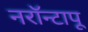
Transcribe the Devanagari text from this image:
नरॉन्टापू